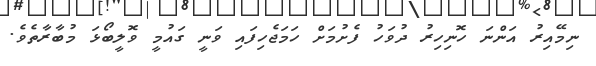
ނިމޭއިރު އަންނަ ހޮނިހިރު ދުވަހު ފެށުމަށް ހަމަޖެހިފައި ވަނީ ގައުމީ ވޮލީބޯޅަ މުބާރާތެވެ.